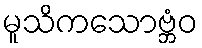
မူသိကသောဗ္ဘံဝ